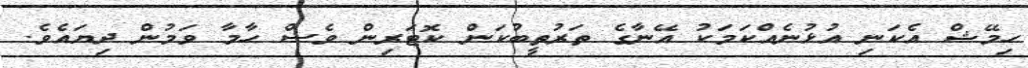
ހިމޭޝް އެކަނި އުޅުނެއްކަމަކު އޭނާގެ ތަރުތީބުކަން ކޮޓަރިން ވެސް ހާމާ ވަމުން ދިޔައެވެ.